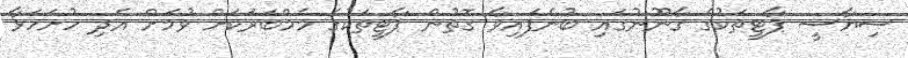
ސިޔާސީ ޕާޓީތަކުގެ ގާނޫނުގައި ބުނެފައިވާ ގޮތުން ޕާޓީތަކުގެ މެމްބަރަކަށް ވުމަށް އެދި ހުށަހަޅާ